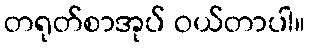
တရုတ်စာအုပ် ဝယ်တာပါ။